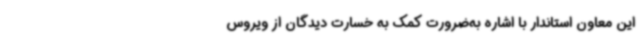
این معاون استاندار با اشاره به‌ضرورت کمک به خسارت دیدگان از ویروس